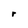
Character: r